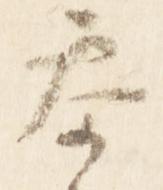
参